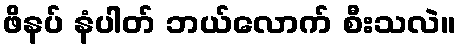
ဖိနပ် နံပါတ် ဘယ်လောက် စီးသလဲ။